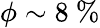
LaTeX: \phi\sim 8~\%